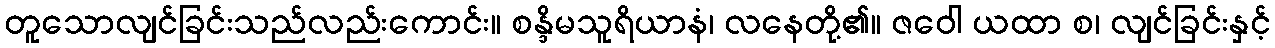
တူသောလျင်ခြင်းသည်လည်းကောင်း။ စန္ဒိမသူရိယာနံ၊ လနေတို့၏။ ဇဝေါ ယထာ စ၊ လျင်ခြင်းနှင့်